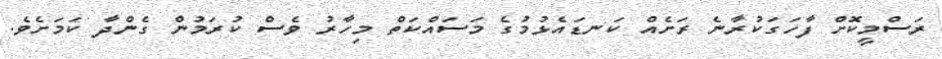
ރަސްމީކޮށް ފާހަގަކުރާނެ ރަށެއް ކަނޑައެޅުމުގެ މަސައްކަތް މިހާރު ވެސް ކުރަމުން ގެންދާ ކަމަށެވެ.